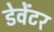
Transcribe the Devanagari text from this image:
डेवेंटर